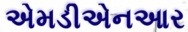
એમડીએનઆર